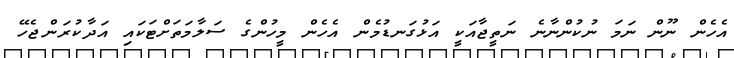
އެހެން ނޫން ނަމަ ނުކުންނާނެ ނަތީޖާއަކީ އަޅުގަނޑުމެން އެހެން މީހުންގެ ސަލާމަތަށްޓަކައި އަދާކުރަންޖެހޭ